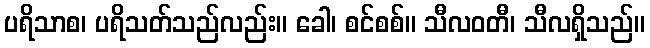
ပရိသာစ၊ ပရိသတ်သည်လည်း။ ခေါ၊ စင်စစ်။ သီလဝတီ၊ သီလရှိသည်။